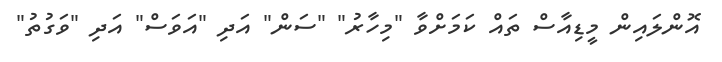
އޮންލައިން މީޑިއާސް ތައް ކަމަށްވާ "މިހާރު" "ސަން" އަދި "އަވަސް" އަދި "ވަގުތު"